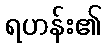
ရဟန်း၏